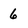
Character: 6